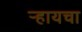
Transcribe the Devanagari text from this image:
र्‍हायचा